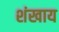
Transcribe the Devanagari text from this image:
शंखाय